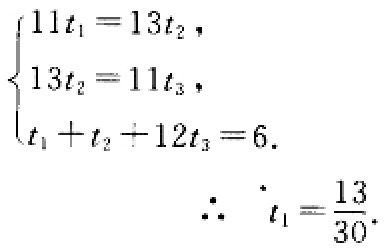
\[\begin{cases}
11t_1 = 13t_2,\\
13t_2 = 11t_3,\\
t_1 + t_2 + 12t_3 = 6.
\end{cases}
\therefore t_1=\frac{13}{30}.\]